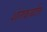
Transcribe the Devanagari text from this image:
शेतकर्यात